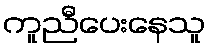
ကူညီပေးနေသူ